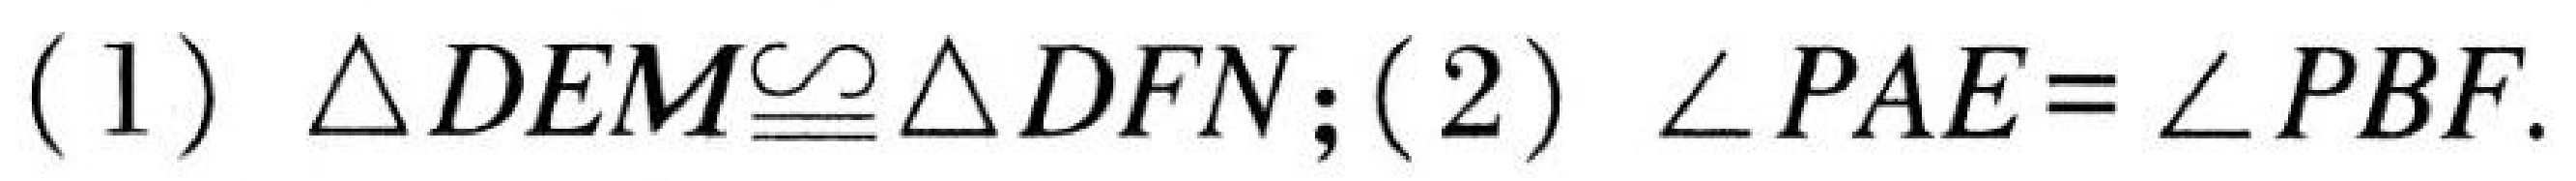
(1) $\triangle DEM\cong\triangle DFN$; (2) $\angle PAE = \angle PBF$.